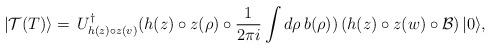
LaTeX: \begin{align*} |\mathcal{T}(T)\rangle = \,U_{h(z)\circ z(v)}^{\dagger} (h(z)\circ z(\rho) \circ \frac{1}{2 \pi i}\int d\rho\, b(\rho))\left(h(z)\circ z(w)\circ \mathcal{B} \right)|0\rangle,\end{align*}